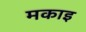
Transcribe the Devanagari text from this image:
मकाइ